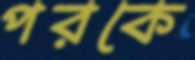
পরকে